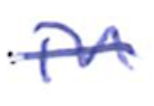
Text: in
Cross-out: single-line
Writing tool: ballpoint